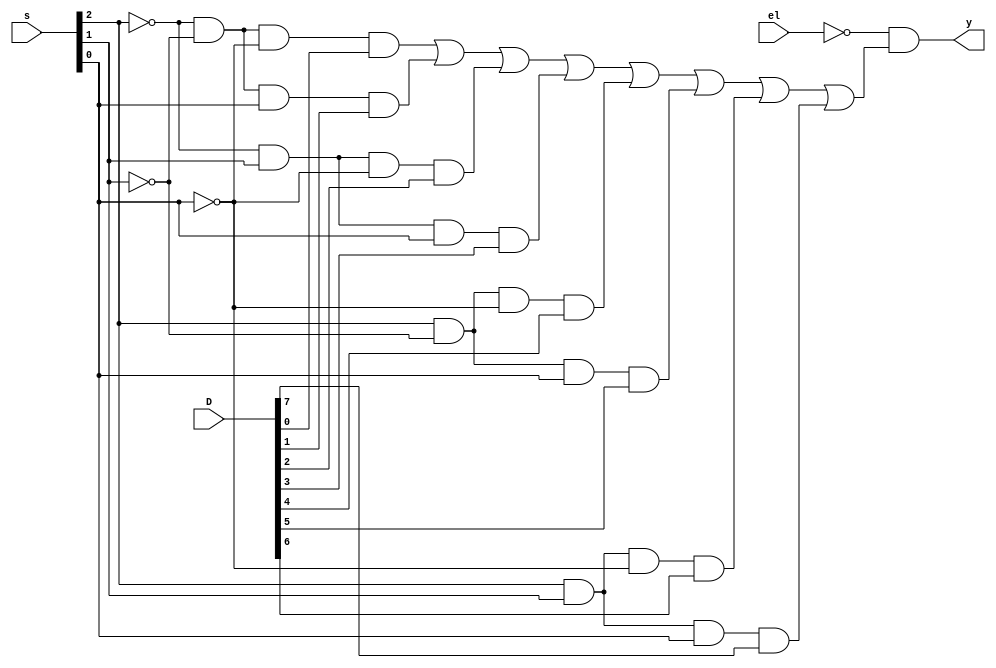
// Code your design here
module mux8to1(output y,input [2:0]s,input el,input [7:0]D);
  assign y = ((~el)&(((~s[2])&(~s[1])&(~s[0])&(D[0]))|
              ((~s[2])&(~s[1])&(s[0])&(D[1]))|
                     ((~s[2])&(s[1])&(~s[0])&(D[2]))|
              ((~s[2])&(s[1])&(s[0])&(D[3]))|
              ((s[2])&(~s[1])&(~s[0])&(D[4]))|
              ((s[2])&(~s[1])&(s[0])&(D[5]))|
              ((s[2])&(s[1])&(~s[0])&(D[6]))|
                     ((s[2])&(s[1])&(s[0])&(D[7]))));
endmodule


module BCDtoXS_3(output [3:0]X,input [3:0]B,input el);
      wire [7:0]w0,w1,w2,w3;
  wire [2:0]w4;
   
   assign w0={~B[3],~B[3],~B[3],1'B0,1'B0,1'B0,B[3],B[3]};
   assign w1={1'B0,1'B0,1'B0,~B[3],~B[3],~B[3],1'B1,1'B0};
   assign w2={~B[3],1'B0,1'B0,~B[3],~B[3],1'B0,1'B0,1'B1};
   assign w3={1'B0,~B[3],1'B0,~B[3],1'B0,~B[3],1'B0,1'B1};
  assign w4=B[2:0];
  mux8to1 forx0(X[0],w4,el,w3);
  mux8to1 forx1(X[1],w4,el,w2);
  mux8to1 forx2(X[2],w4,el,w1);
  mux8to1 forx3(X[3],w4,el,w0);
  
endmodule
  

// Code your testbench here
// or browse Examples
module tb_BCDtoXS_3;
  reg [3:0]B;
  reg el;
  wire [3:0]X;
  BCDtoXS_3 DUT(X,B,el);
  initial begin
        // Dump waves
    $dumpfile("dump.vcd");
    $dumpvars(1);
    el=1'b0;
    B=0; 
    #5 B=0;
    #5 B=4'b0010;
    #5 B=4'b0011;
    #5 B=4'b0100;
    #5 B=4'b0101;
    #5 B=4'b0110;
    #5 B=4'b0111;
    #5 B=4'b1000;
    #5 B=4'b1001;
    #5 B=4'b1010;
  end
  initial begin
    $monitor($time," BCD value is %b  and XS3 value is %b",B,X);
  end
endmodule